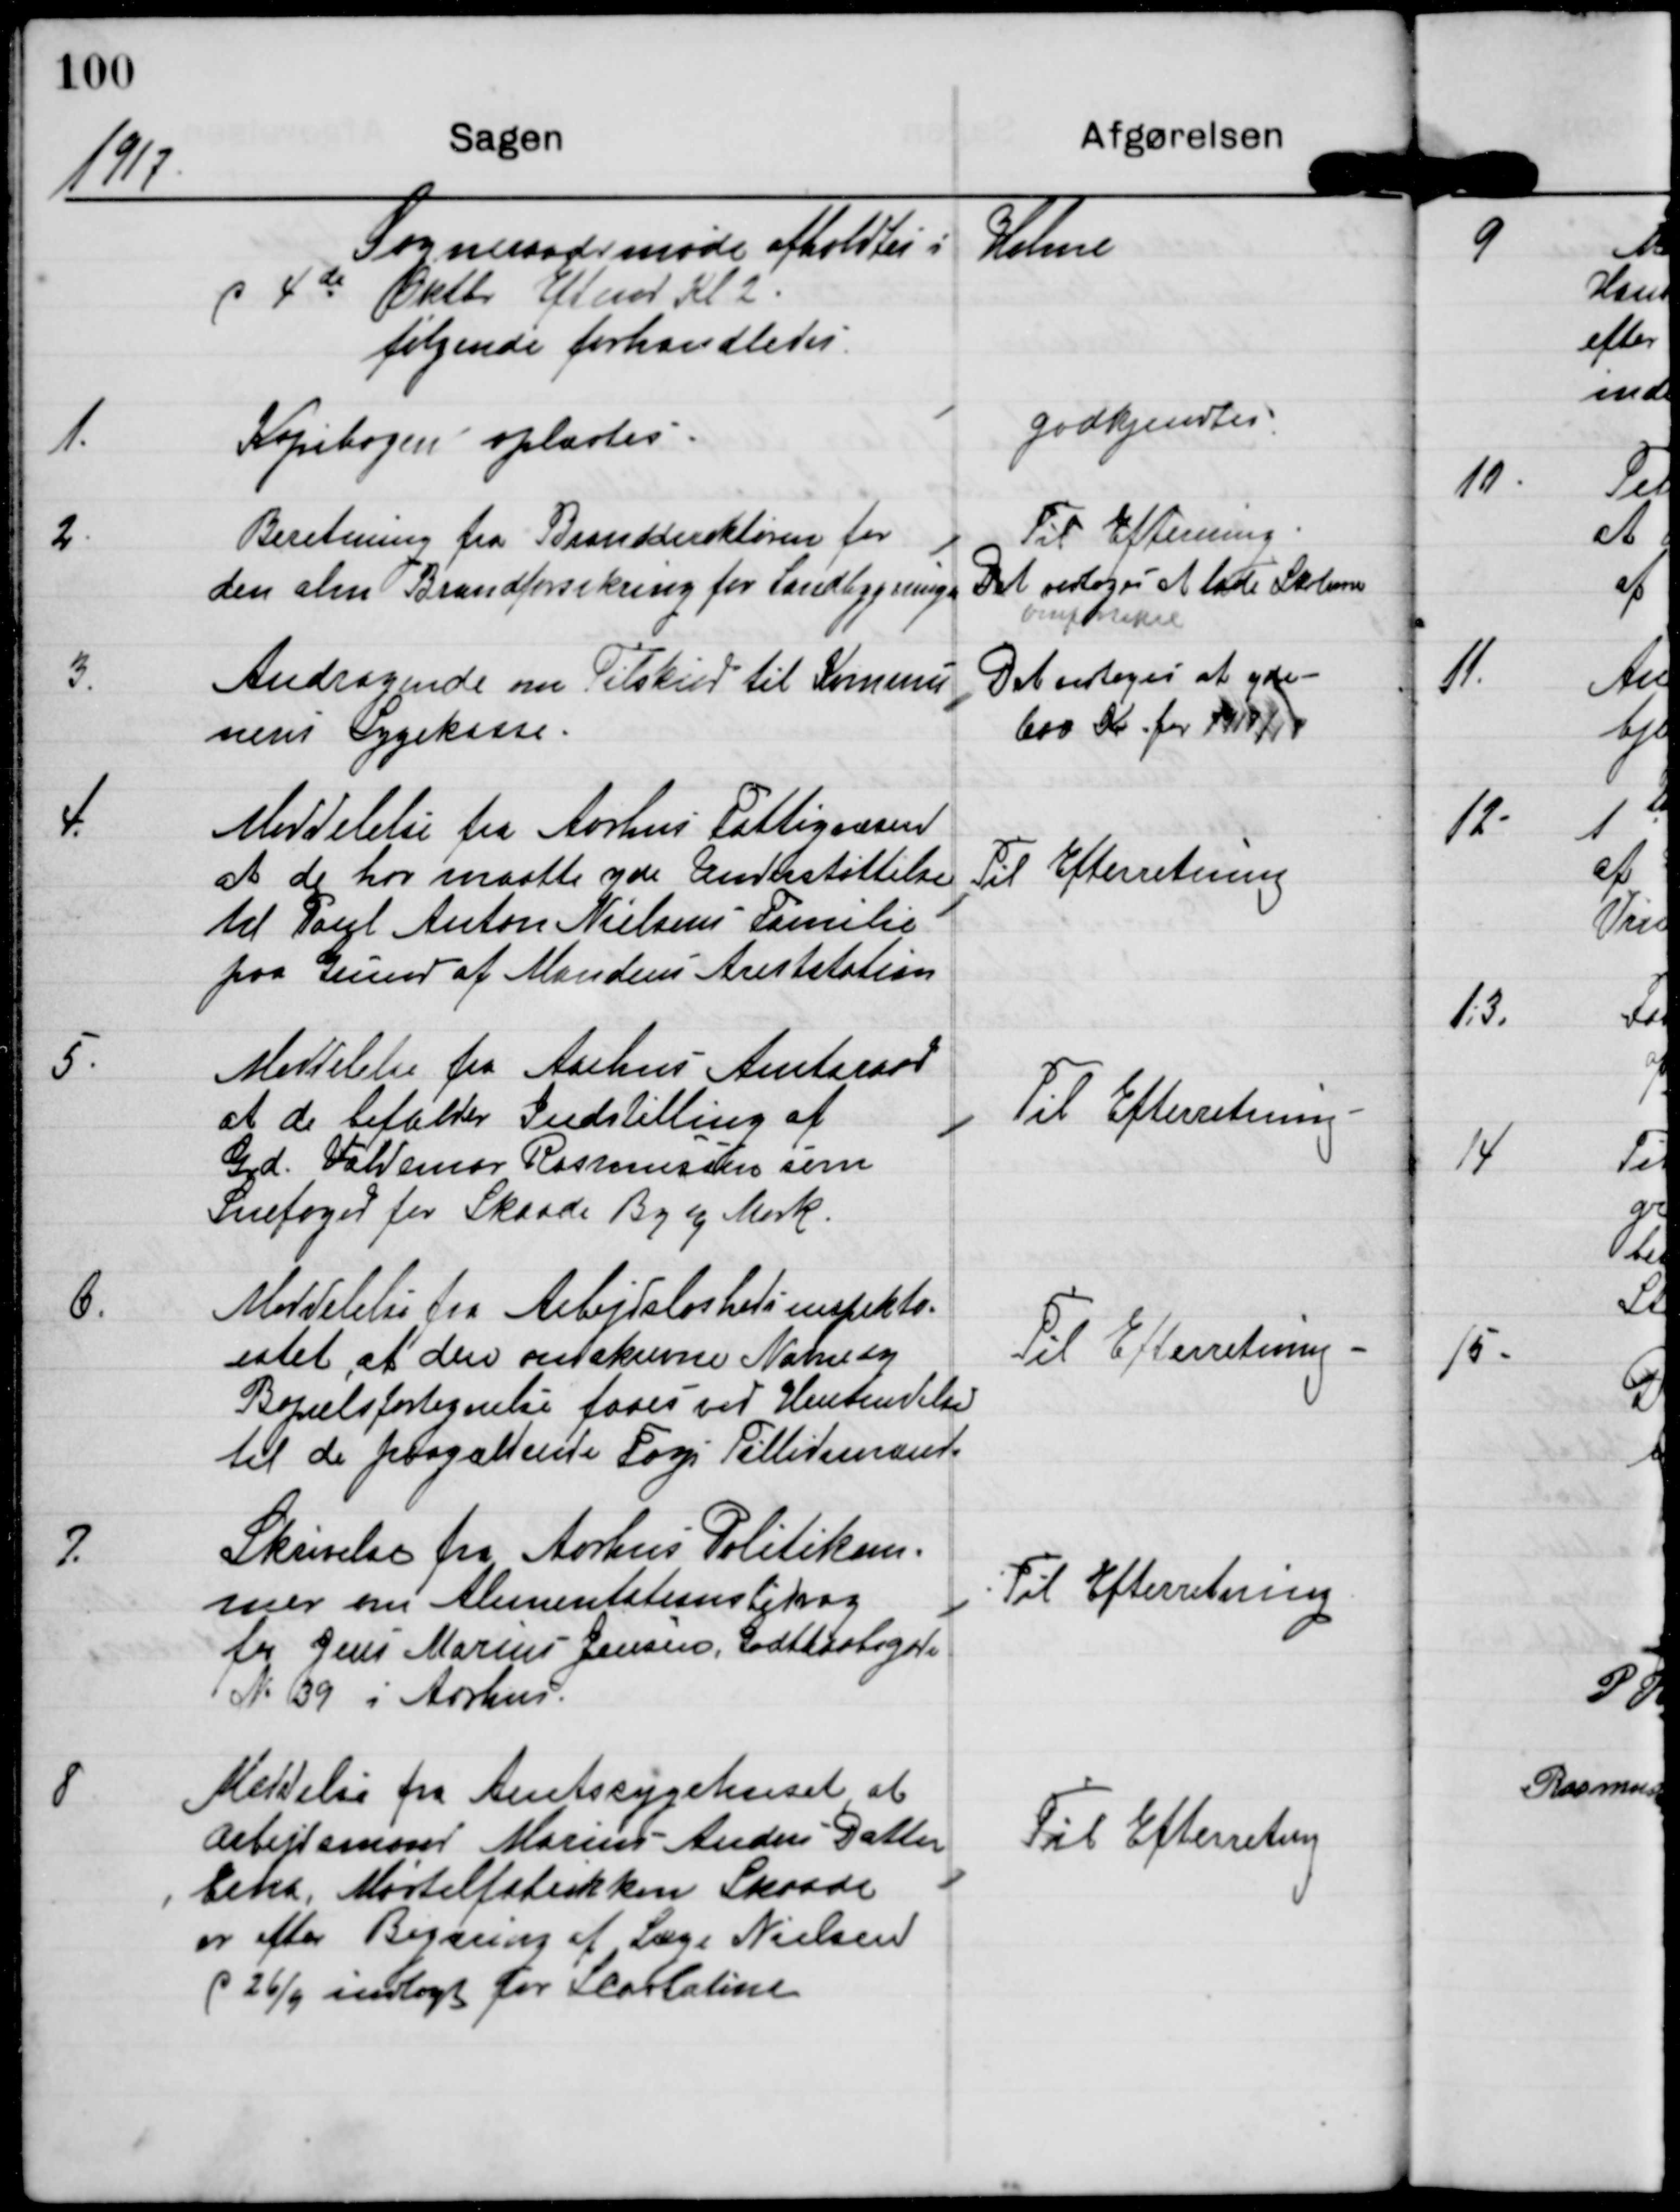
Transskription:
1917

Sogneraadsmøde afholdtes i Holme
de 4de Oktbr Eftermd Kl 2.
følgende forhandledes

1.

Kopibogen oplæstes

godkjendtes

2

Beretning fra Branddirektiøren for
den alm Brandforsikring for Landbygninger

Til Efterretning
Det vedtoges at lade Skolerne
omforsikre

3.

Andragende om Tilskud til Kommu-
nens Sygekasse.

Det vedtoges at yde
600 Kr for 1917/18

4.

Meddelelse fra Aarhus Fattigvæsen
at de har maatte yde Understøttelse
til Paul Anton Nielsens Familie
paa grund af Mandens Arestation

Til Efterretning

5.

Meddelese fra Aarhus Amtsraad
at de bifalder Indstilling af
Grd. Valdemar Rasmussen som
Snefoged for Skaade By og Mark.

Til Efterretning

6.

Meddelelse fra Arbejsløshedsinspekto-
ratet, at den omskrevne Navne- og
Bopælsfortegnelse faaes ved Henvendelse
til de paagældende Fags Tillidsmænd

Til Efterretning

7.

Skrivelse fra Aarhus Politikam-
mer om Alinentationsbidrag
for Jens Marius Jensen, Godthaabsgade
N 39 i Aarhus.

Til Efterretning

8.

Meddelelse fra Amtssygehuset, at
Arbejdsmand Marius Anders Datter
Eika, Mørtelfabrikken Skaade
er efter Begæring af Læge Nielsen
d 26/9 indlagt for Scarlatine.

Til Efterretning